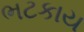
ભટકાય